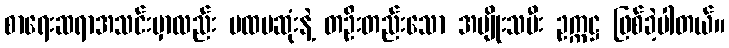
စာရေးဆရာအသင်းမှာလည်း ပထမဆုံးနဲ့ တဦးတည်းသော အမျိုးသမီး ဥက္ကဋ္ဌ ဖြစ်ခဲ့ပါတယ်။